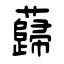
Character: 蘬